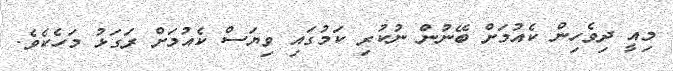
މިއީ ދިވެހިން ކެއުމަށް ބޭނުން ނުކުރި ކަމުގައި ވިޔަސް ކެއުމަށް ރަގަޅު މަހެކެވެ.